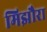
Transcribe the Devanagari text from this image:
मिझौरा